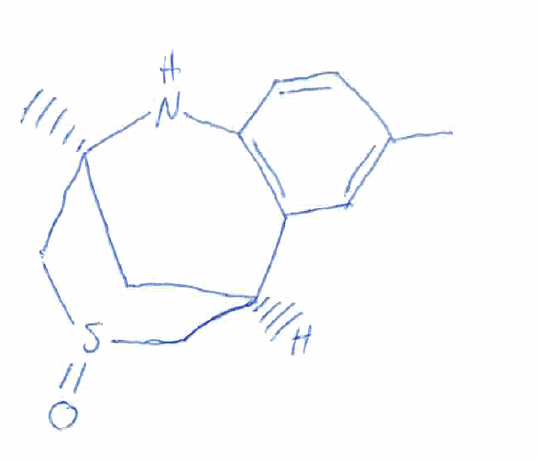
Simplified molecular-input line-entry system (SMILES) notation of the given molecule:
CC1=CC2=C(C=C1)N[C@]3(C[C@@H]2CS(=O)C3)C